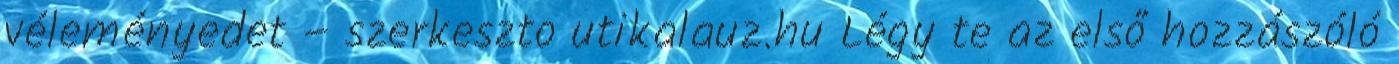
véleményedet – szerkeszto utikalauz.hu Légy te az első hozzászóló